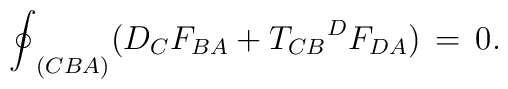
{\oint}_{(CBA)}(D_{C}F_{BA}+{{T_{CB}}^{D}}F_{DA}) \,=\,0.